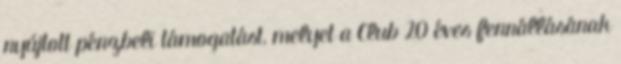
nyújtott pénzbeli támogatást, melyet a Club 20 éves fennállásának